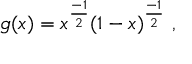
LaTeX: g ( x ) = x ^ { \frac { - 1 } { 2 } } ( 1 - x ) ^ { \frac { - 1 } { 2 } } \ ,